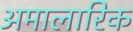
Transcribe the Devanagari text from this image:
अमालारिक